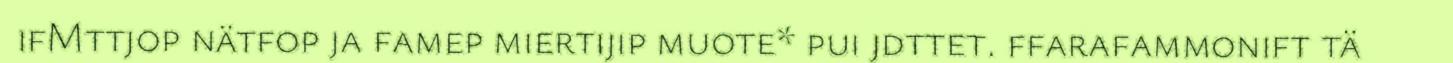
ifMttjop nätfop ja famep miertijip muote* pui jdttet. ffarafammonift tä